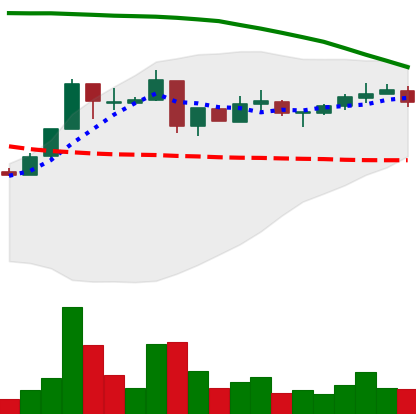
Ticker: XRP-USD
Chart end date: 2018-05-06
Forward return: -21.399%
Label: down_7plus